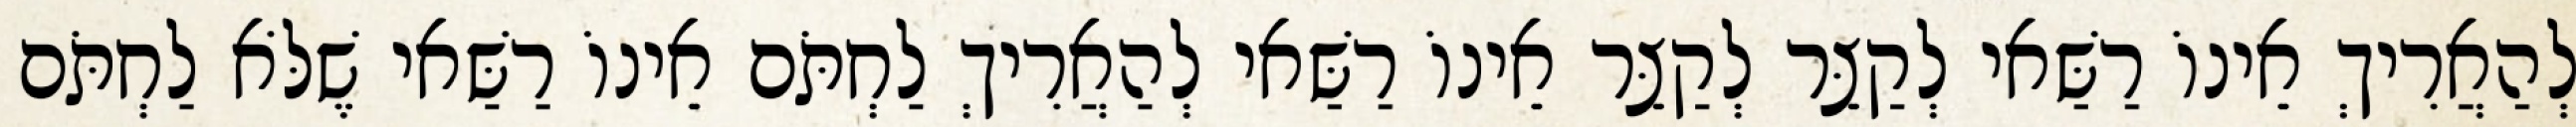
לְהַאֲרִיךְ אֵינוֹ רַשַּׁאי לְקַצֵּר לְקַצֵּר אֵינוֹ רַשַּׁאי לְהַאֲרִיךְ לַחְתֹּם אֵינוֹ רַשַּׁאי שֶׁלֹּא לַחְתֹּם